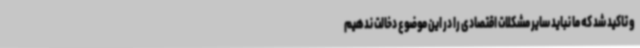
و تاکید شد که ما نباید سایر مشکلات اقتصادی را در این موضوع دخالت ندهیم